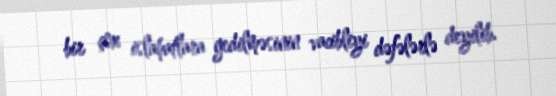
bir çox islahatlara gedilməsinin vacibliyi dəfələrlə deyilib.